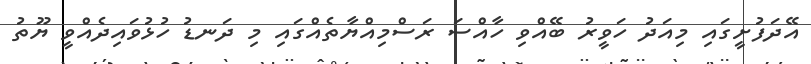
އޭދަފުށީގައި މިއަދު ހަވީރު ބޭއްވި ހާއްސަ ރަސްމިއްޔާތެއްގައި މި ދަނޑު ހުޅުވައިދެއްވީ ޔޫތު